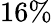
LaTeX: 16\%